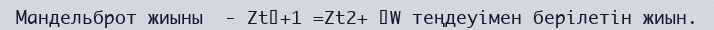
Мандельброт жиыны  - Zt+1 =Zt2+ W теңдеуімен берілетін жиын.